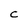
Character: c